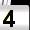
Digit: 4